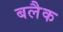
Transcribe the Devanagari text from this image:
बलैक